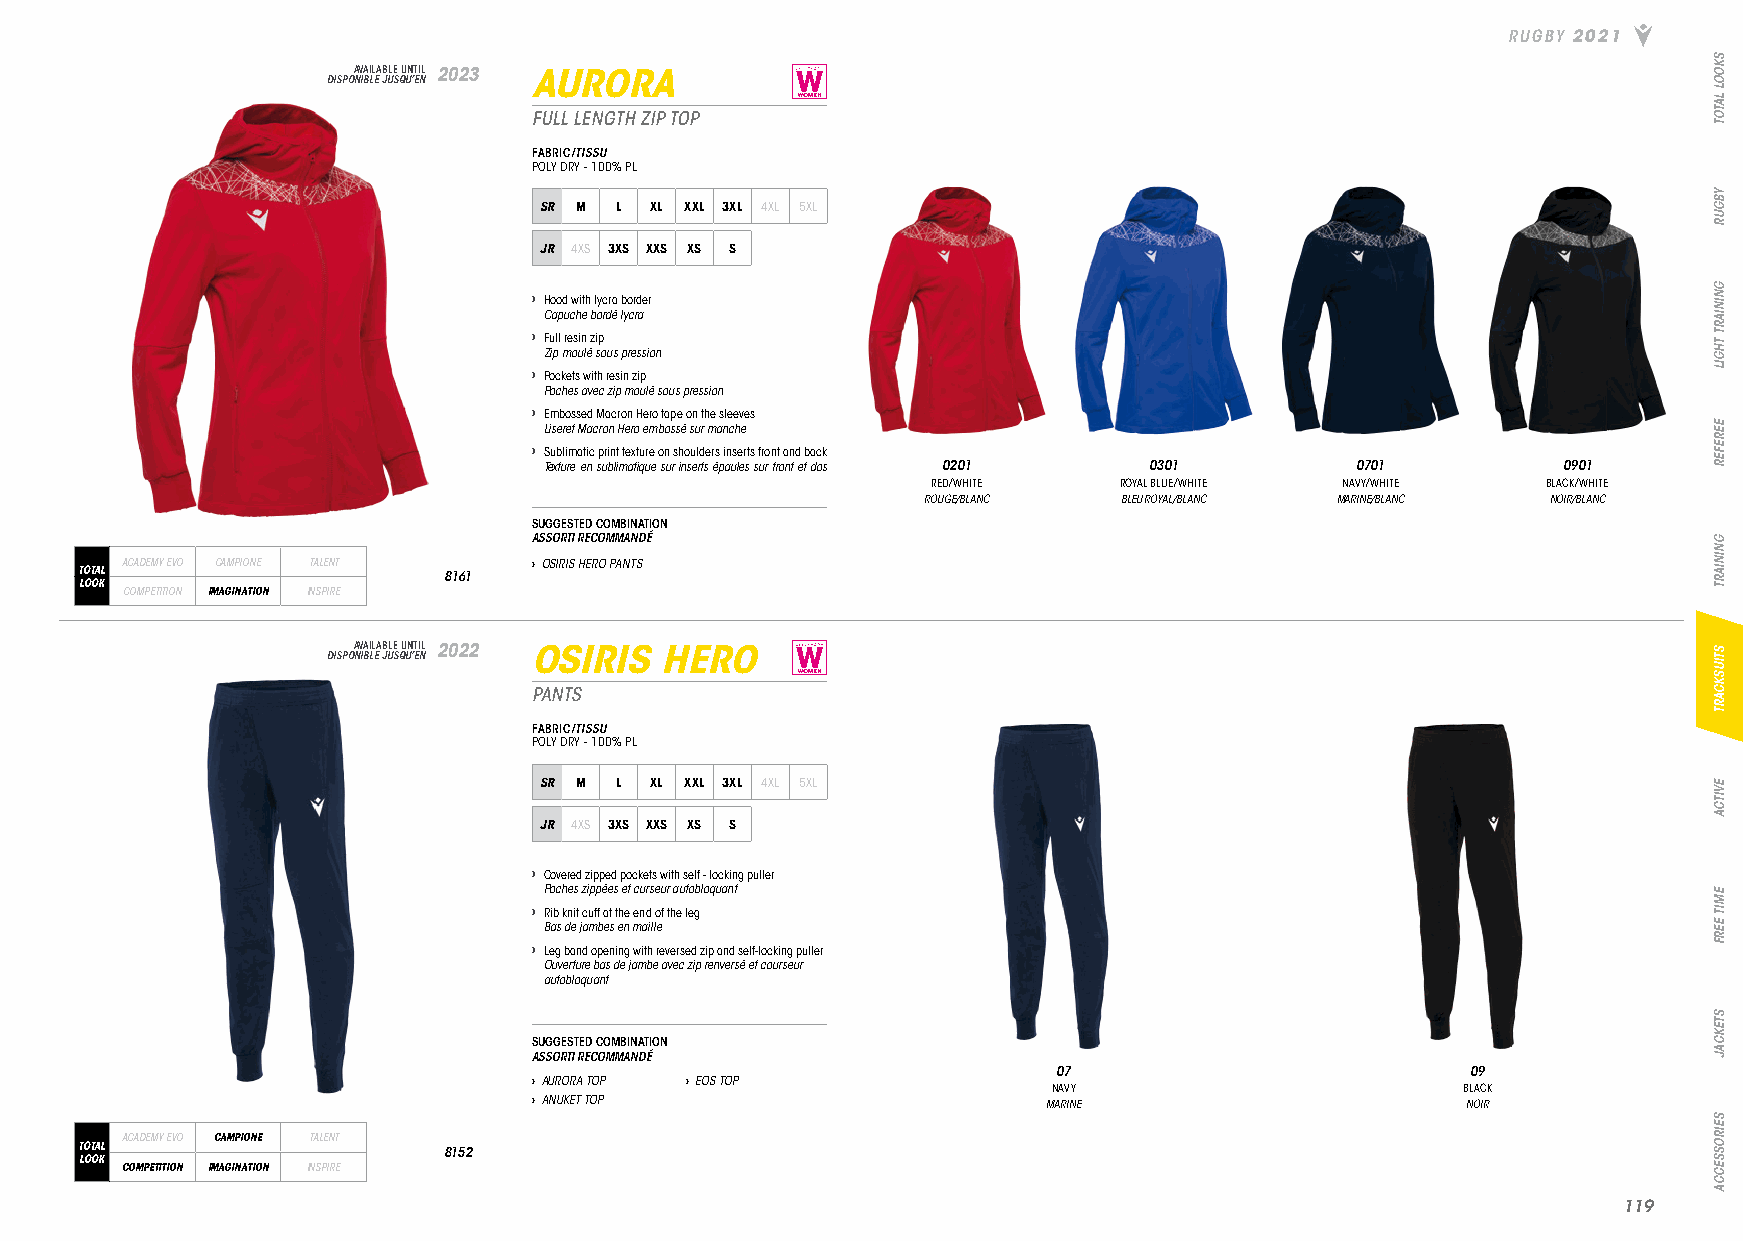
RUGBY 2021
 DISPOA NV IBA LIL EA JB ULE S QU UN ’T EI NL 2023 AURORA
 FULL LENGTH ZIP TOP
 FABRIC/TISSU
 POLY DRY - 100% PL
 SR M L XL XXL 3XL 4XL 5XL
 JR 4XS 3XS XXS XS S
 › Hood with lycra border
 Capuche bordé lycra
 › Full resin zip
 Zip moulé sous pression
 › Pockets with resin zip
 Poches avec zip moulé sous pression
 › Embossed Macron Hero tape on the sleeves
 Liseret Macron Hero embossé sur manche
 › Sublimatic print texture on shoulders inserts front and back
 Texture en sublimatique sur inserts épaules sur front et dos 0201 0301 0701 0901
 RED/WHITE   ROYAL BLUE/WHITE NAVY/WHITE BLACK/WHITE
 ROUGE/BLANC  BLEU ROYAL/BLANC MARINE/BLANC NOIR/BLANC
 SUGGESTED COMBINATION
 ASSORTI RECOMMANDÉ
 ACADEMY EVO CAMPIONE TALENT › OSIRIS HERO PANTS
 TOTAL                   8161
 LOOK
 COMPETITION IMAGINATION INSPIRE
 DISPOA NV IBA LIL EA JB ULE S QU UN ’T EI NL 2022 OSIRIS HERO
 PANTS
 FABRIC/TISSU
 POLY DRY - 100% PL
 SR M L XL XXL 3XL 4XL 5XL
 JR 4XS 3XS XXS XS S
 › Covered zipped pockets with self - locking puller
 Poches zippées et curseur autobloquant
 › Rib knit cuff at the end of the leg
 Bas de jambes en maille
 › Leg band opening with reversed zip and self-locking puller
 Ouverture bas de jambe avec zip renversé et courseur
 autobloquant
 SUGGESTED COMBINATION
 ASSORTI RECOMMANDÉ
 07                         09
 › AURORA TOP › EOS TOP
 NAVY                       BLACK
 › ANUKET TOP                      MARINE                      NOIR
 ACADEMY EVO CAMPIONE TALENT
 TOTAL                   8152
 LOOK
 COMPETITION IMAGINATION INSPIRE
 111199
 SKOOL
 LATOT
 YBGUR
 GNINIART
 THGIL
 EEREFER
 GNINIART
 STIUSKCART
 EVITCA
 EMIT
 EERF
 STEKCAJ
 SEIROSSECCA